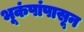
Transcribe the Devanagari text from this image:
भूकंपांपासून